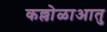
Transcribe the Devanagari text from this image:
कल्लोळाआतु